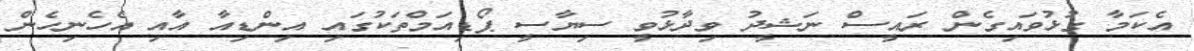
އެކަމާ ގުޅުވައިގެން ރައީސް ނަޝީދު ވިދާޅުވީ ސިޔާސީ ޕޯޑިއަމްތަކުގައި އިންޑިއާ އާއި އެހެނިހެން